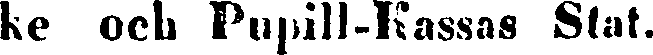
ke och Pupill-Kassas Stat.